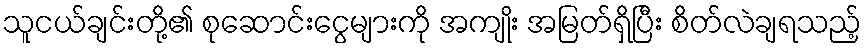
သူငယ်ချင်းတို့၏ စုဆောင်းငွေများကို အကျိုး အမြတ်ရှိပြီး စိတ်လဲချရသည့်